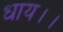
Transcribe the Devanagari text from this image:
धाय।।